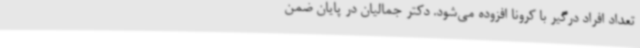
تعداد افراد درگیر با کرونا افزوده می‌شود. دکتر جمالیان در پایان ضمن